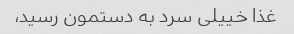
غذا خییلی سرد به دستمون رسید،